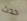
حدث